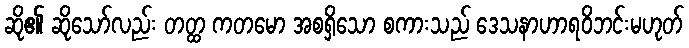
ဆို၏ ဆိုသော်လည်း တတ္ထ ကတမော အစရှိသော စကားသည် ဒေသနာဟာရဝိဘင်းမဟုတ်